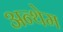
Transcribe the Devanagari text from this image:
अन्थेम